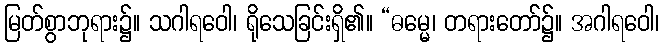
မြတ်စွာဘုရား၌။ သဂါရဝေါ၊ ရိုသေခြင်းရှိ၏။ “ဓမ္မေ၊ တရားတော်၌။ အဂါရဝေါ၊